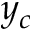
y _ { c }